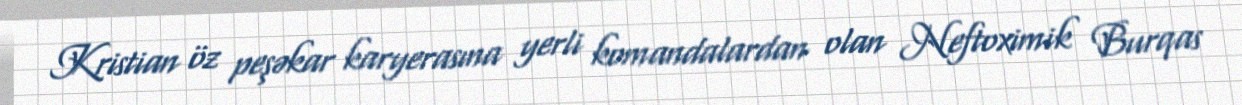
Kristian öz peşəkar karyerasına yerli komandalardan olan Neftoximik Burqas